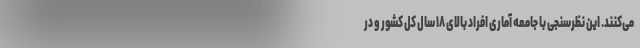
می‌کنند. این نظرسنجی با جامعه آماری افراد بالای ۱۸ سال کل کشور و در